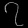
Digit: ၇